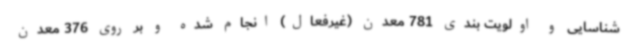
شناسایی و اولویت بندی 781 معدن (غیرفعال) انجام شده و بر روی 376 معدن